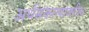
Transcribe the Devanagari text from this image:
अर्थसंकल्पावरील